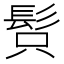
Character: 𩬫